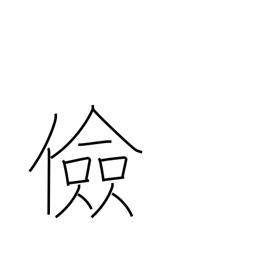
Meaning: thrifty